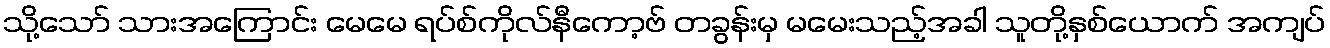
သို့သော် သားအကြောင်း မေမေ ရပ်စ်ကိုလ်နီကော့ဗ် တခွန်းမှ မမေးသည့်အခါ သူတို့နှစ်ယောက် အကျပ်